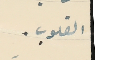
القلوب.